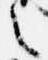
言